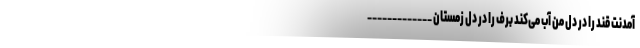
آمدنت قند را در دل من آب می‌کند برف را در دل زمستان _____________